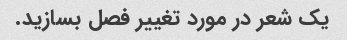
یک شعر در مورد تغییر فصل بسازید.